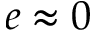
e \approx 0